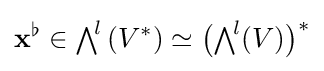
\mathbf {x} ^{\flat }\in {\textstyle \bigwedge }^{\!l}\left(V^{*}\right)\simeq {\bigl (}{\textstyle \bigwedge }^{\!l}(V){\bigr )}^{*}